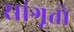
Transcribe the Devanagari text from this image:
सांगूतो